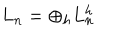
L _ { n } = \displaystyle \oplus _ { h } L _ { n } ^ { h }